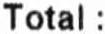
TOTAL: